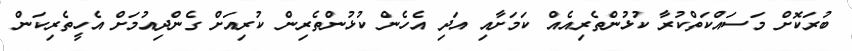
ބުރަކޮށް މަސައްކަތްކުރާ ކުޅުންތެރިއެއް ކަމަށާއި އަދި އެހެން ކުޅުންތެރިން ކުރިއަށް ގެންދިއުމަށް އެހީތެރިކަން